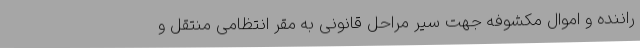
راننده و اموال مکشوفه جهت سیر مراحل قانونی به مقر انتظامی منتقل و